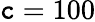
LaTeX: \mathtt{c}=100